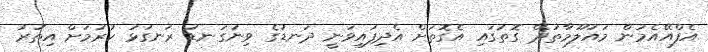
އެފްއޭއެމުން މައުލޫމާތުދޭ ގޮތުގައި އެގޮތަށް އެދިފައިވަނީ ދަނޑުގެ ވިނަގަނޑު ރަނގަޅު ކުރުމަށް އިތުރު